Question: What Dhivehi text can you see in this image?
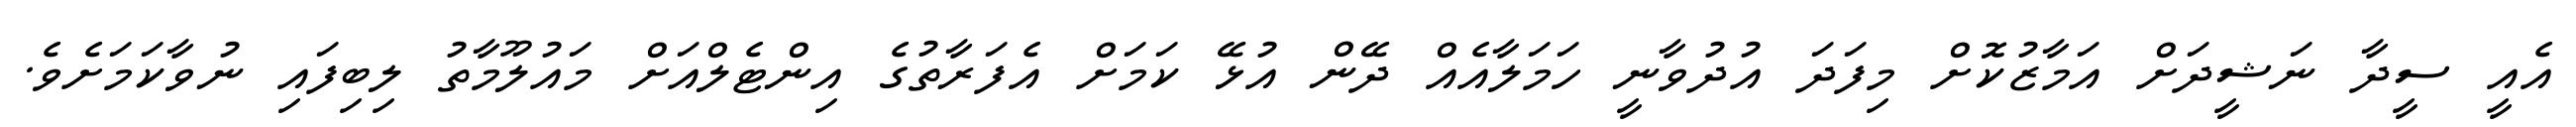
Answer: އެއީ ސީދާ ނަޝީދަށް އަމާޒުކޮށް މިފަދަ އުދުވާނީ ހަމަލާއެއް ދޭން އުޅޭ ކަމަށް އެފަރާތުގެ އިންޓެލްއަށް މައުލޫމާތު ލިބިފައި ނުވާކަމަށެވެ.